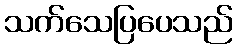
သက်သေပြပေသည်